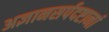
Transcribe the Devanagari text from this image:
अज्ञानसर्पदष्टानां